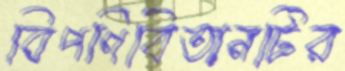
বিপণিবিতানটির